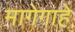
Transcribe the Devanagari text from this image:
मागेगाहे